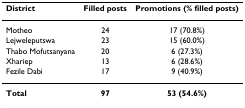
<table><thead><tr><td><b>District</b></td><td><b>Filled posts</b></td><td><b>Promotions (% filled posts)</b></td></tr></thead><tbody><tr><td>Motheo</td><td>24</td><td>17 (70.8%)</td></tr><tr><td>Lejweleputswa</td><td>23</td><td>15 (60.0%)</td></tr><tr><td>Thabo Mofutsanyana</td><td>20</td><td>6 (27.3%)</td></tr><tr><td>Xhariep</td><td>13</td><td>6 (28.6%)</td></tr><tr><td>Fezile Dabi</td><td>17</td><td>9 (40.9%)</td></tr><tr><td><b>Total</b></td><td><b>97</b></td><td><b>53 (54.6%)</b></td></tr></tbody></table>